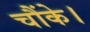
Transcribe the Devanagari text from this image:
चौंके।